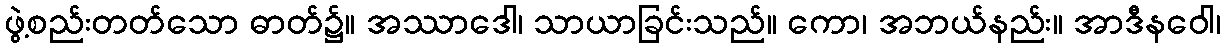
ဖွဲ့စည်းတတ်သော ဓာတ်၌။ အဿာဒေါ၊ သာယာခြင်းသည်။ ကော၊ အဘယ်နည်း။ အာဒီနဝေါ၊